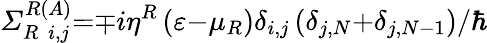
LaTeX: {\mathit{\Sigma}}_{R{\ }{\ }i,j}^{R\left(A\right)}{=}{\mp}i{\eta}^{R}\left(\varepsilon{-}{\mu}_{R}\right){\delta}_{i,j}\left({\delta}_{j,N}{+}{\delta}_{j,N{-}{1}}\right){/}{\hbar}